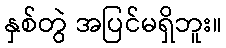
နှစ်တွဲ အပြင်မရှိဘူး။